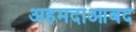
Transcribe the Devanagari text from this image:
अहमदाआबद